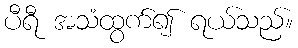
ပီရီ အသံထွက်၍ ရယ်သည်။